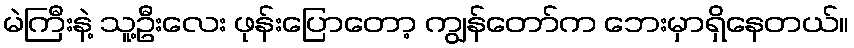
မဲကြီးနဲ့ သူ့ဦးလေး ဖုန်းပြောတော့ ကျွန်တော်က ဘေးမှာရှိနေတယ်။